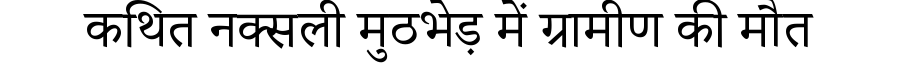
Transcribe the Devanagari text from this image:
कथित नक्सली मुठभेड़ में ग्रामीण की मौत